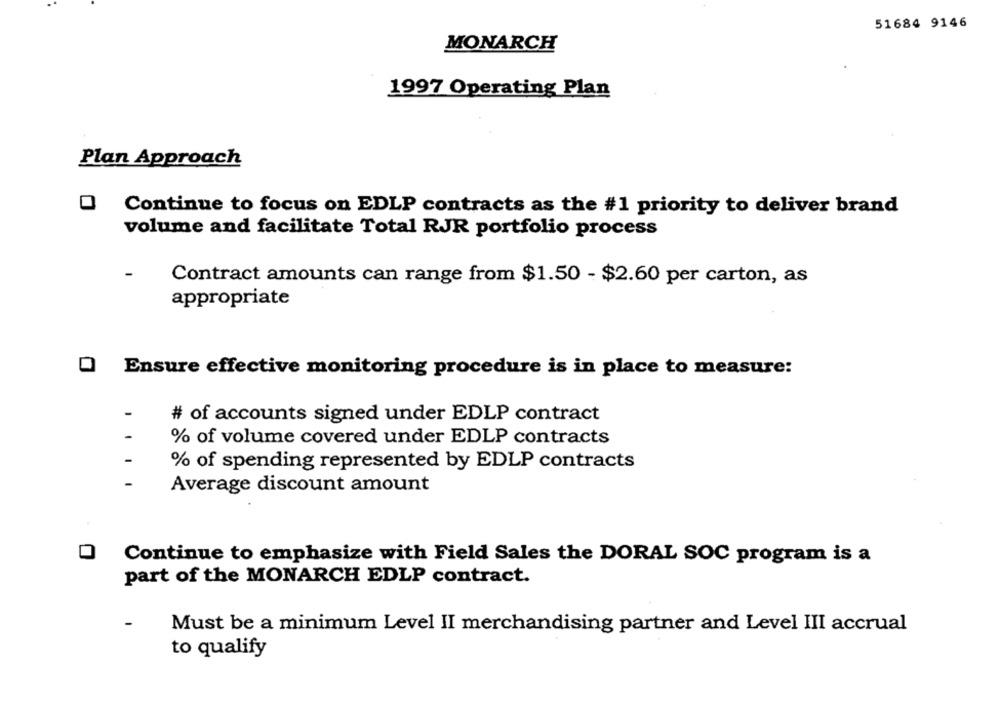
51684 9146
MONARCH
1997 Operating Plan
Plan Approach
O Continue to focus on EDLP contracts as the #1 priority to deliver brand
volume and facilitate Total RJR portfolio process
Contract amounts can range from $1.50 - $2.60 per carton, as
appropriate
O Ensure effective monitoring procedure is in place to measure:
-
# of accounts signed under EDLP contract
% of volume covered under EDLP contracts
% of spending represented by EDLP contracts
-
Average discount amount
Continue to emphasize with Field Sales the DORAL SOC program is a
part of the MONARCH EDLP contract.
Must be a minimum Level II merchandising partner and Level III accrual
to qualify